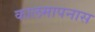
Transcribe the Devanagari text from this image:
कालमापनास